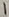
Text: 1